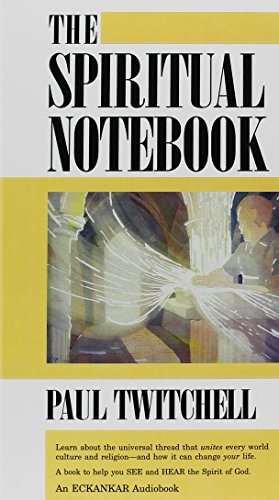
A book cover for The Spiritual Notebook; Paul Twitchell; Religion & Spirituality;